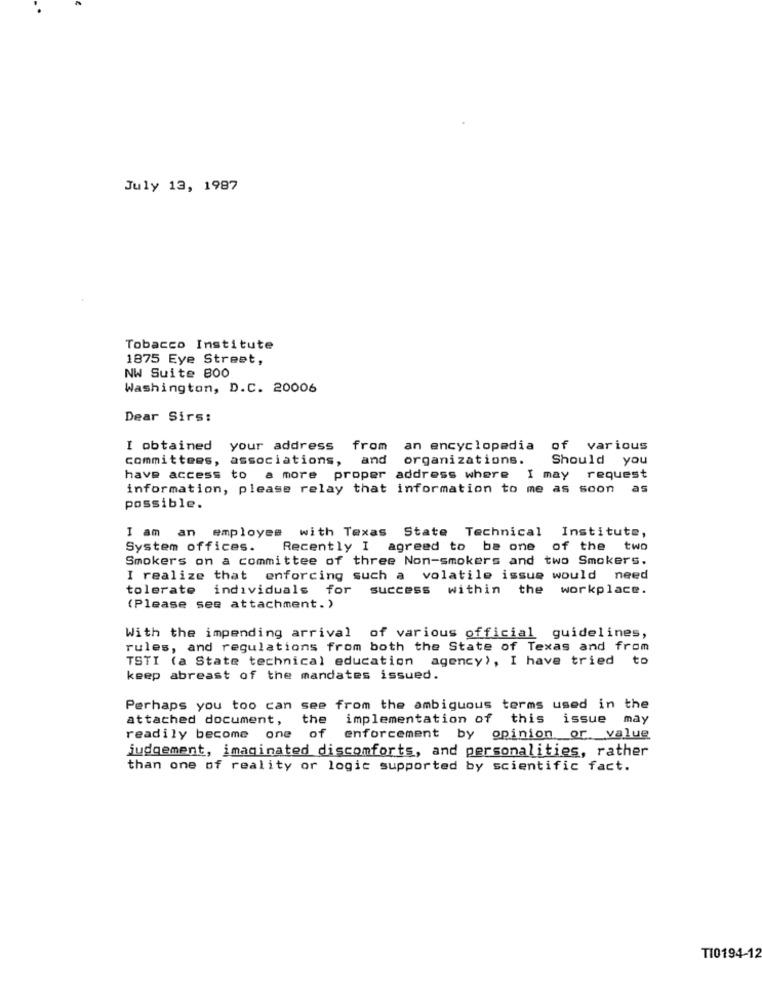
July 13, 1987
Tobacco Institute
1875 Eye Street,
NW Suite 800
Washington, D.C. 20006
Dear Sirs:
I obtained your address
from
an encyclopedia of various
committees, associations,
and
organizations.
Should you
have access to a more proper address where
I may request
information, please relay that information to me as soon as
possible.
I am an employee with Texas State Technical
Institute,
System offices.
Recently I agreed to
be one
of the two
Smokers on a committee of three Non-smokers and two Smokers.
I realize that enforcing such a volatile issue would need
tolerate individuals for success within
the workplace.
(Please see attachment.)
With the impending arrival of various official guidelines,
rules, and regulations from both the State of Texas and from
TSTI (a State technical education agency), I have tried to
keep abreast of the mandates issued.
Perhaps you too can see from the ambiguous terms used in the
attached document,
the
implementation of this issue may
readily become one
of
enforcement by opinion or _value
judgement, imaginated discomforts, and personalities, rather
than one of reality or logic supported by scientific fact.
TI0194-12